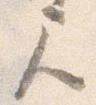
尺